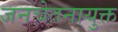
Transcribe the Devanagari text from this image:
जनचेतनायुक्त